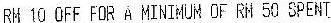
RM 10 OFF FOR A MINIMUM OF RM 50 SPENT.